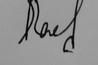
Signature authenticity: genuine